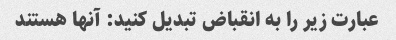
عبارت زیر را به انقباض تبدیل کنید: آنها هستند